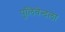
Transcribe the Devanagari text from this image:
पुलिवेन्दला